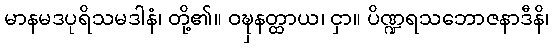
မာနမဒပုရိသမဒါနံ၊ တို့၏။ ဝဍ္ဎှနတ္ထာယ၊ ငှာ။ ပိဏ္ဍရသဘောဇနာဒီနိ၊